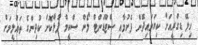
ހިލޭ ޑިގްރީއަށް ކިޔަވައިދޭން ފެށުމާއި ސްޓޫޑަންޓް ލޯން ސްކީމް ފުޅާކޮށް ކުދިންގެ ތައުލީމަށް